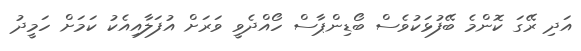
އަދި ރޭގަ ކޮންމެ ބޭފުޅަކުވެސް ބޯޑިންޕާސް ހޯއްދެވީ ވަރަށް އުފަލާއިއެކު ކަމަށް ހަމީދު